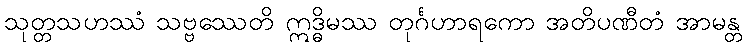
သုတ္တသဟဿံ သဗ္ဗဿေတိ ဣဒ္ဓိမဿ တုင်္ဂဟာရကော အတိပဏီတံ အာမန္တ